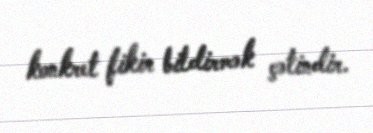
konkret fikir bildirmək çətindir.